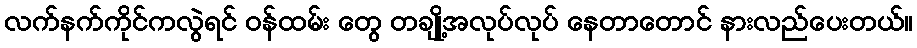
လက်နက်ကိုင်ကလွဲရင် ဝန်ထမ်း တွေ တချို့အလုပ်လုပ် နေတာတောင် နားလည်ပေးတယ်။